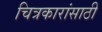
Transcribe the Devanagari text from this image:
चित्रकारांसाठी